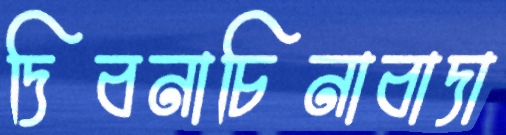
দিবনাচিনাবাদা